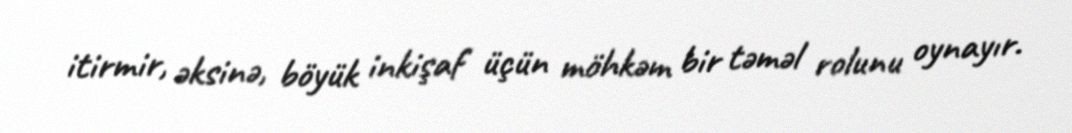
itirmir, əksinə, böyük inkişaf üçün möhkəm bir təməl rolunu oynayır.